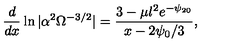
\frac { d } { d x } \ln | \alpha ^ { 2 } \Omega ^ { - 3 / 2 } | = \frac { 3 - \mu l ^ { 2 } e ^ { - \psi _ { 2 0 } } } { x - 2 \psi _ { 0 } / 3 } ,